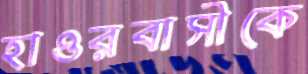
হাওরবাসীকে